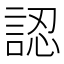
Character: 認